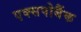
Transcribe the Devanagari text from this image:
एक्सपोबैंक